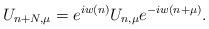
LaTeX: \begin{align*}U_{n+N,\mu}=e^{iw(n)}U_{n,\mu}e^{-iw(n+\mu)}.\end{align*}